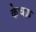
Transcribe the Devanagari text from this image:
केचक्र